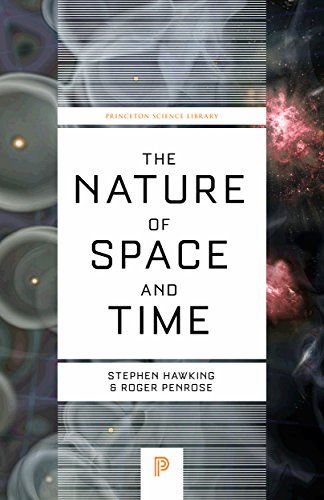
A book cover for The Nature of Space and Time (Princeton Science Library); Stephen Hawking; Science & Math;